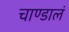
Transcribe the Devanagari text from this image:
चाण्डालं